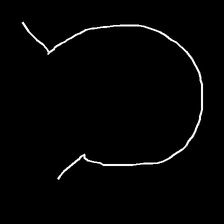
Glyph: weave